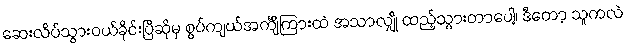
ဆေးလိပ်သွားဝယ်ခိုင်းပြီဆိုမှ စွပ်ကျယ်အင်္ကျီကြားထဲ အသာလျှို ထည့်သွားတာပေါ့၊ ဒီတော့ သူကလဲ